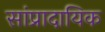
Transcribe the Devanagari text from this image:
सांप्रादायिक